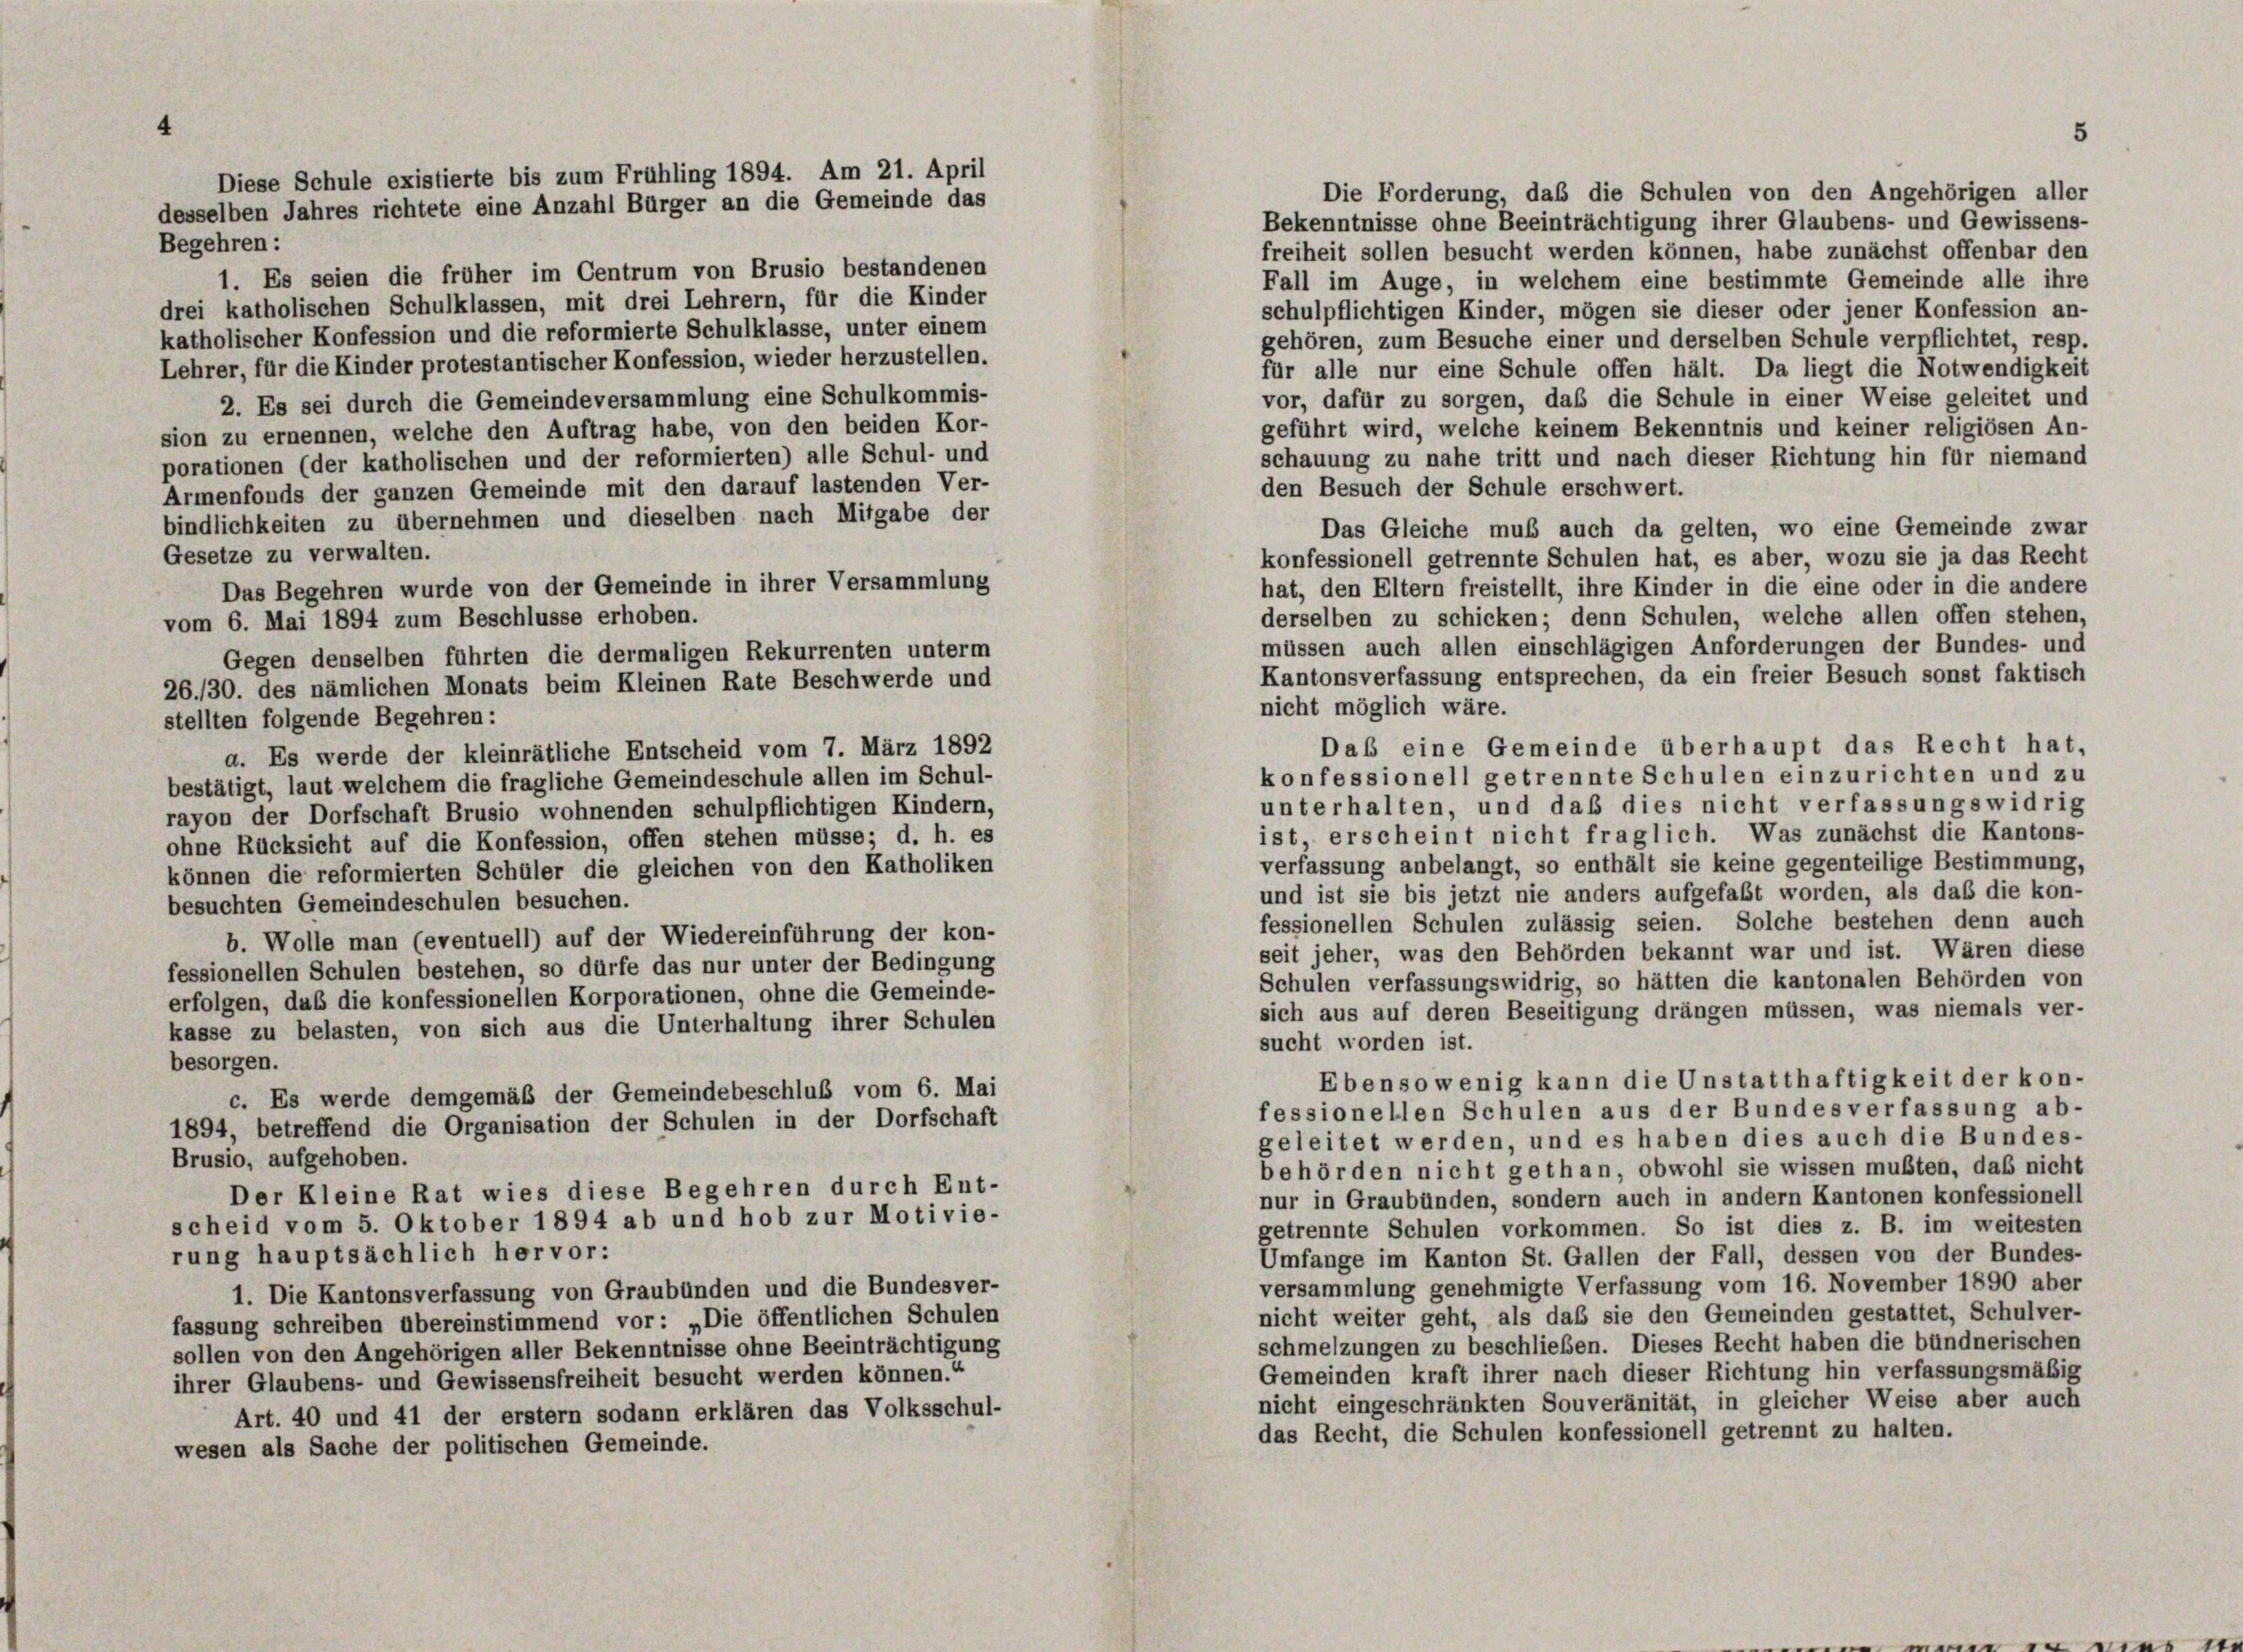
Die Forderung, daß die Schulen von den Angehörigen aller
Bekenntnisse ohne Beeinträchtigung ihrer Glaubens- und Gewissens-
Begehren:
freiheit sollen besucht werden können, habe zunächst offenbar den
1. Es seien die früher im Centrum von Brusio bestandenen
Fall im Auge, in welchem eine bestimmte Gemeinde alle ihre
drei katholischen Schulklassen, mit drei Lehrern, für die Kinder
schulpflichtigen Kinder, mögen sie dieser oder jener Konfession an-
katholischer Konfession und die reformierte Schulklasse, unter einem
gehören, zum Besuche einer und derselben Schule verpflichtet, resp.
Lehrer, für die Kinder protestantischer Konfession, wieder herzustellen.
für alle nur eine Schule offen hält. Da liegt die Notwendigkeit
vor, dafür zu sorgen, daß die Schule in einer Weise geleitet und
2. Es sei durch die Gemeindeversammlung eine Schulkommis-
geführt wird, welche keinem Bekenntnis und keiner religiösen An-
sion zu ernennen, welche den Auftrag habe, von den beiden Kor-
schauung zu nahe tritt und nach dieser Richtung hin für niemand
porationen (der katholischen und der reformierten) alle Schul- und
den Besuch der Schule erschwert.
Armenfonds der ganzen Gemeinde mit den darauf lastenden Ver-
bindlichkeiten zu übernehmen und dieselben nach Mitgabe der
Das Gleiche muß auch da gelten, wo eine Gemeinde zwar
Gesetze zu verwalten.
konfessionell getrennte Schulen hat, es aber, wozu sie ja das Recht
Das Begehren wurde von der Gemeinde in ihrer Versammlung
hat, den Eltern freistellt, ihre Kinder in die eine oder in die andere
derselben zu schicken; denn Schulen, welche allen offen stehen,
vom 6. Mai 1894 zum Beschlüsse erhoben.
müssen auch allen einschlägigen Anforderungen der Bundes- und
Gegen denselben führten die dermaligen Rekurrenten unterm
Kantonsverfassung entsprechen, da ein freier Besuch sonst faktisch
26./30. des nämlichen Monats beim Kleinen Rate Beschwerde und
nicht möglich wäre.
stellten folgende Begehren:
Das eine Gemeinde überhaupt das Recht hat,
a. Es werde der kleinrätliche Entscheid vom 7. März 1892
konfessionell getrennte Schulen einzurichten und zu
bestätigt, laut welchem die fragliche Gemeindeschule allen im Schul-
unterhalten, und daß dies nicht verfassungswidrig
rayon der Dorfschaft Brusio wohnenden schulpflichtigen Kindern,
ist, erscheint nicht fraglich. Was zunächst die Kantons-
ohne Rücksicht auf die Konfession, offen stehen müsse; d. h. es
verfassung anbelangt, so enthält sie keine gegenteilige Bestimmung,
können die reformierten Schüler die gleichen von den Katholiken
und ist sie bis jetzt nie anders aufgefaßt worden, als daß die kon-
besuchten Gemeindeschulen besuchen.
fessionellen Schulen zulässig seien. Solche bestehen denn auch
b. Wolle man (eventuell) auf der Wiedereinführung der kon-
seit jeher, was den Behörden bekannt war und ist. Wären diese
fessionellen Schulen bestehen, so dürfe das nur unter der Bedingung
Schulen verfassungswidrig, so hätten die kantonalen Behörden von
erfolgen, daß die konfessionellen Korporationen, ohne die Gemeinde-
sich aus auf deren Beseitigung drängen müssen, was niemals ver-
kasse zu belasten, von sich aus die Unterhaltung ihrer Schulen
sucht worden ist.
besorgen.
Ebensowenig kann die Unstatthaftigkeit der kon-
c. Es werde demgemäß der Gemeindebeschluß vom 6. Mai
fessionellen Schulen aus der Bundesverfassung ab-
1894, betreffend die Organisation der Schulen in der Dorfschaft
geleitet werden, und es haben dies auch die Bundes-
Brusio, aufgehoben.
behörden nicht gethan, obwohl sie wissen mußten, daß nicht
Der Kleine Rat wies diese Begehren durch Ent-
nur in Graubünden, sondern auch in andern Kantonen konfessionell
scheid vom 5. Oktober 1894 ab und hob zur Motivie-
getrennte Schulen vorkommen. So ist dies z. B. im weitesten
rung hauptsächlich hervor:
Umfange im Kanton St. Gallen der Fall, dessen von der Bundes-
versammlung genehmigte Verfassung vom 16. November 1890 aber
1. Die Kantonsverfassung von Graubünden und die Bundesver-
nicht weiter geht, als daß sie den Gemeinden gestattet, Schulver-
fassung schreiben übereinstimmend vor: „Die öffentlichen Schulen
schmelzungen zu beschließen. Dieses Recht haben die bündnerischen
sollen von den Angehörigen aller Bekenntnisse ohne Beeinträchtigung
Gemeinden kraft ihrer nach dieser Richtung hin verfassungsmäßig
ihrer Glaubens- und Gewissensfreiheit besucht werden können.“
nicht eingeschränkten Souveränität, in gleicher Weise aber auch
Art. 40 und 41 der erstem sodann erklären das Volksschul-
das Recht, die Schulen konfessionell getrennt zu halten.
wesen als Sache der politischen Gemeinde.

Diese Schule existierte bis zum Frühling 1894. Am 21. April
desselben Jahres richtete eine Anzahl Bürger an die Gemeinde das

5